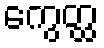
ကွေတ္ထ